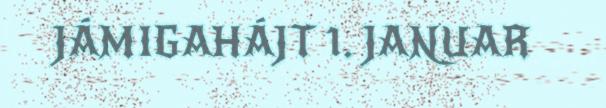
JÁMIGAHÁJT 1. JANUAR